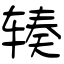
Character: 辏